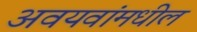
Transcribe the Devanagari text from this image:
अवयवांमधील